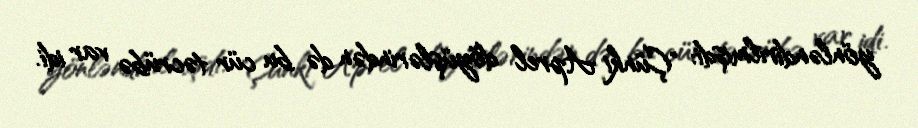
yönləndirilmişdi: "Çünki Aprel döyüşlərindən də bu cür təcrübə var idi.